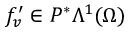
f _ { v } ^ { \prime } \in P ^ { \ast } \Lambda ^ { 1 } ( \Omega )